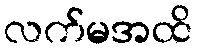
လက်မအထိ